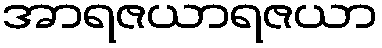
အာရဇယာရဇယာ